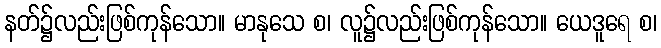
နတ်၌လည်းဖြစ်ကုန်သော။ မာနုသေ စ၊ လူ၌လည်းဖြစ်ကုန်သော။ ယေဒူရေ စ၊